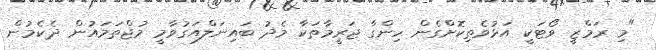
"މި ރަމްޒީ ވޯޓަކީ އަޅުވެތިކޮށްގެން ހިންގާ ޖަރީމާތަކާ މެދު ބައިނަލްއަގުވާމީ މުޖްތަމައުން ދެކެމުން